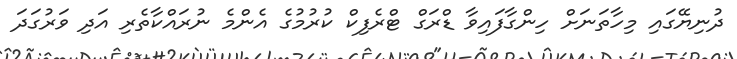
ދުނިޔޭގައި މިހާތަނަށް ހިންގާފައިވާ ޑްރަގް ޓްރެފިކް ކުރުމުގެ އެންމެ ނުރައްކާތެރި އަދި ވަރުގަދަ